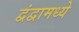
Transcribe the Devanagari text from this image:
द्वंद्वामध्ये